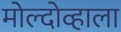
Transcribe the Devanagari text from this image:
मोल्दोव्हाला